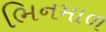
ભિનમાળ